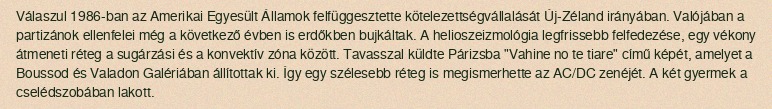
Válaszul 1986-ban az Amerikai Egyesült Államok felfüggesztette kötelezettségvállalását Új-Zéland irányában. Valójában a partizánok ellenfelei még a következő évben is erdőkben bujkáltak. A helioszeizmológia legfrissebb felfedezése, egy vékony átmeneti réteg a sugárzási és a konvektív zóna között. Tavasszal küldte Párizsba "Vahine no te tiare" című képét, amelyet a Boussod és Valadon Galériában állítottak ki. Így egy szélesebb réteg is megismerhette az AC/DC zenéjét. A két gyermek a cselédszobában lakott.